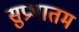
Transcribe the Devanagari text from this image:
सुप्रभातम